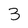
Character: 3